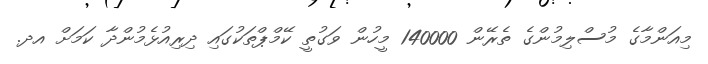
މިއަންމާގެ މުސްލިމުންގެ ތެރޭން 140000 މީހުން ވަގުތީ ކޭމްޕްތަކުގައި ދިރިއުޅެމުންދާ ކަމަށް އދ.